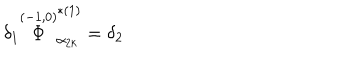
\delta _ { 1 } \stackrel { ( - 1 , 0 ) } { \Phi } _ { \alpha _ { 2 k } } ^ { * ( 1 ) } = \delta _ { 2 }